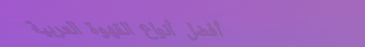
أفضل أنواع القهوة العربية